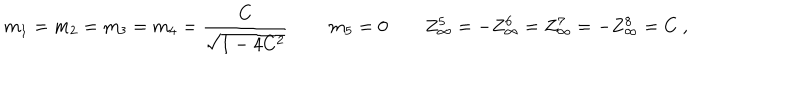
m _ { 1 } = m _ { 2 } = m _ { 3 } = m _ { 4 } = { \frac { C } { \sqrt { 1 - 4 C ^ { 2 } } } } \, \qquad m _ { 5 } = 0 \qquad Z _ { \infty } ^ { 5 } = - Z _ { \infty } ^ { 6 } = Z _ { \infty } ^ { 7 } = - Z _ { \infty } ^ { 8 } = C \ ,